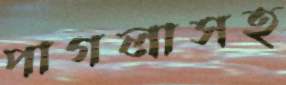
পাগলাসহ